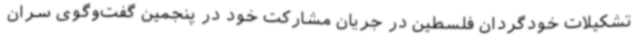
تشکیلات خودگردان فلسطین در جریان مشارکت خود در پنجمین گفت‌وگوی سران